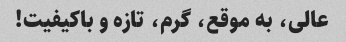
عالی، به موقع، گرم، تازه و باکیفیت!